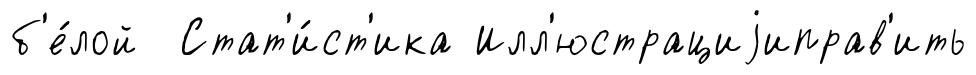
б'е́лой Стат'и́ст'ика Илл'юстрациjиправ'ить